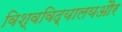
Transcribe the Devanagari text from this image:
विश्वविद्यालयऔर